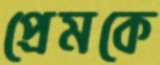
প্রেমকে